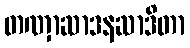
တဏှာဆာဒနဆာဒိတာ